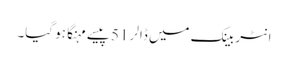
انٹر بینک میں ڈالر 51 پیسے مہنگا ہو گیا۔